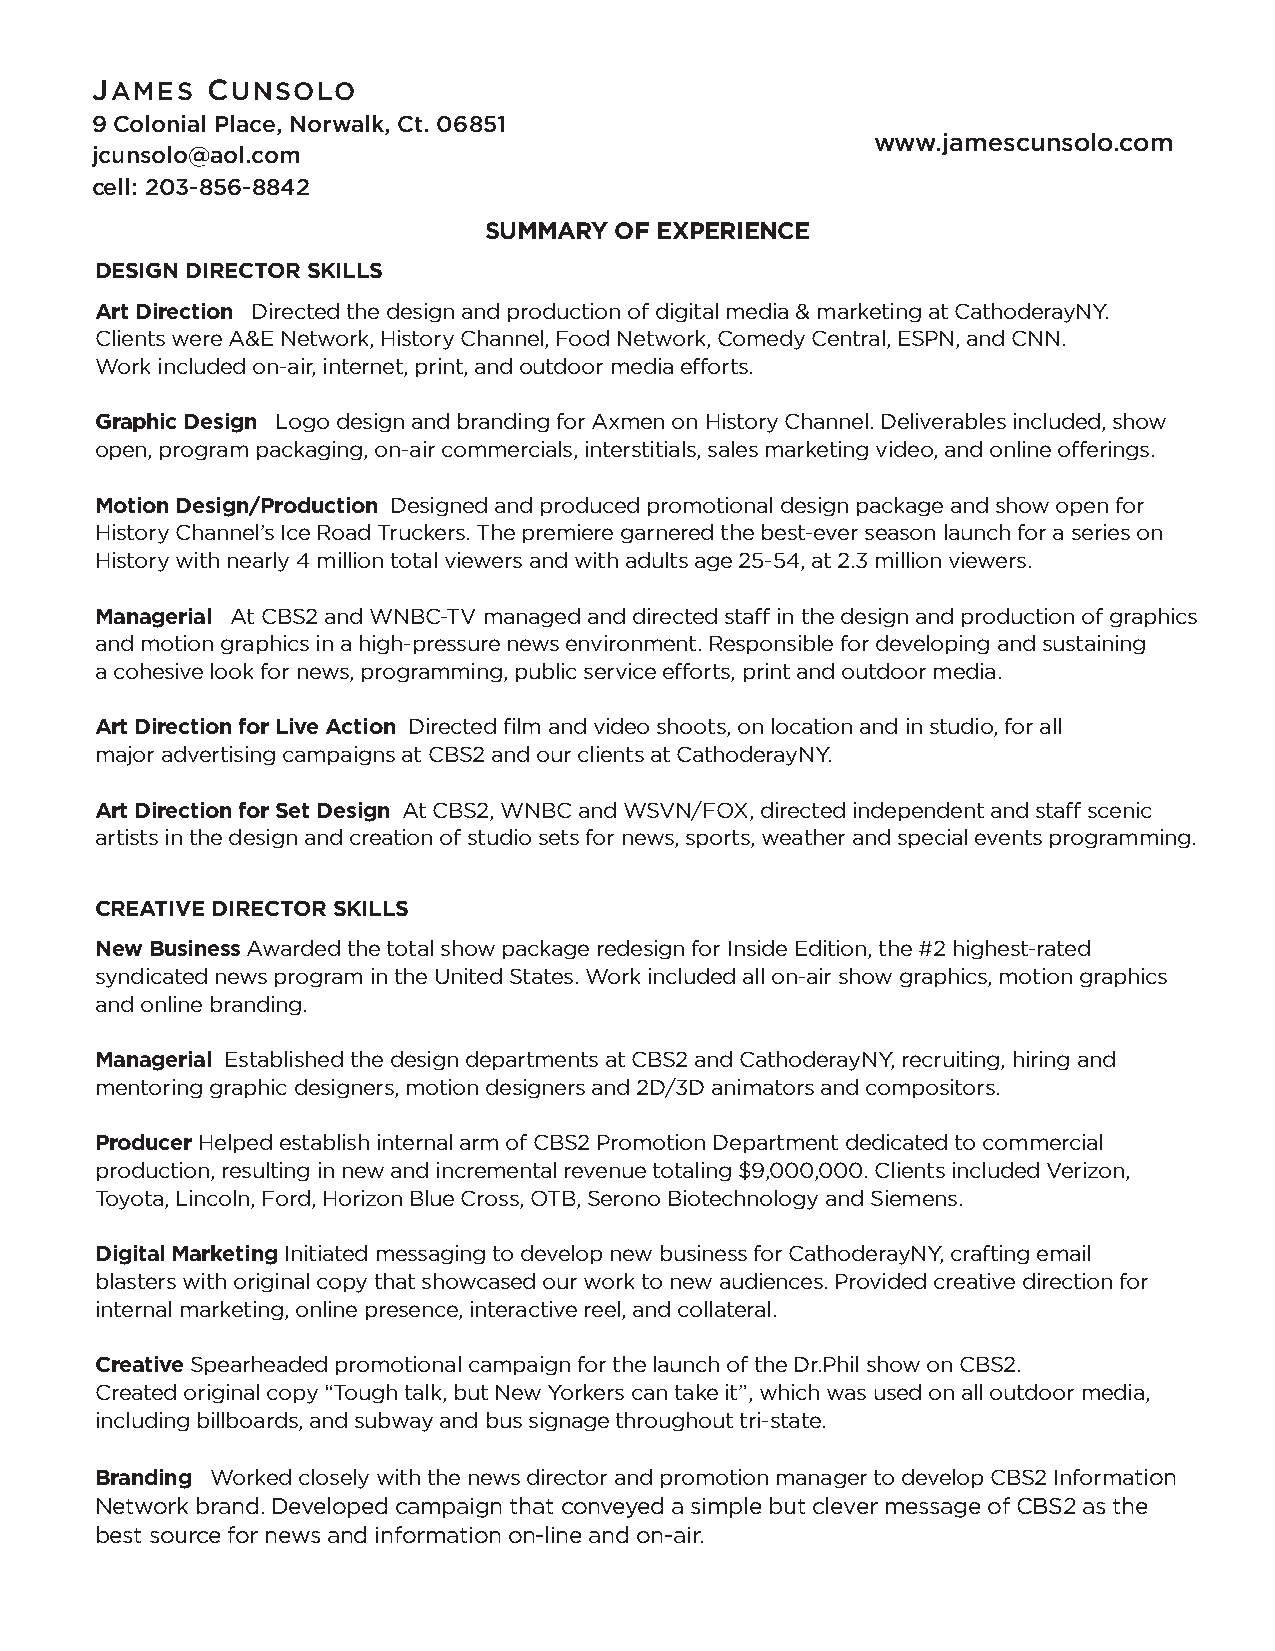
JAMES   CUNSOLO
 9 Colonial Place, Norwalk, Ct. 06851
 www.jamescunsolo.com
 jcunsolo@aol.com
 cell: 203-856-8842
 SUMMARY  OF EXPERIENCE
 DESIGN DIRECTOR SKILLS
 Art Direction Directed the design and production of digital media & marketing at CathoderayNY.
 Clients were A&E Network, History Channel, Food Network, Comedy Central, ESPN, and CNN.
 Work included on-air, internet, print, and outdoor media efforts.
 Graphic Design Logo design and branding for Axmen on History Channel. Deliverables included, show
 open, program packaging, on-air commercials, interstitials, sales marketing video, and online offerings.
 Motion Design/Production Designed and produced promotional design package and show open for
 History Channel’s Ice Road Truckers. The premiere garnered the best-ever season launch for a series on
 History with nearly 4 million total viewers and with adults age 25-54, at 2.3 million viewers.
 Managerial At CBS2 and WNBC-TV managed and directed staff in the design and production of graphics
 and motion graphics in a high-pressure news environment. Responsible for developing and sustaining
 a cohesive look for news, programming, public service efforts, print and outdoor media.
 Art Direction for Live Action Directed film and video shoots, on location and in studio, for all
 major advertising campaigns at CBS2 and our clients at CathoderayNY.
 Art Direction for Set Design At CBS2, WNBC and WSVN/FOX, directed independent and staff scenic
 artists in the design and creation of studio sets for news, sports, weather and special events programming.
 CREATIVE DIRECTOR SKILLS
 New Business Awarded the total show package redesign for Inside Edition, the #2 highest-rated
 syndicated news program in the United States. Work included all on-air show graphics, motion graphics
 and online branding.
 Managerial Established the design departments at CBS2 and CathoderayNY, recruiting, hiring and
 mentoring graphic designers, motion designers and 2D/3D animators and compositors.
 Producer Helped establish internal arm of CBS2 Promotion Department dedicated to commercial
 production, resulting in new and incremental revenue totaling $9,000,000. Clients included Verizon,
 Toyota, Lincoln, Ford, Horizon Blue Cross, OTB, Serono Biotechnology and Siemens.
 Digital Marketing Initiated messaging to develop new business for CathoderayNY, crafting email
 blasters with original copy that showcased our work to new audiences. Provided creative direction for
 internal marketing, online presence, interactive reel, and collateral.
 Creative Spearheaded promotional campaign for the launch of the Dr.Phil show on CBS2.
 Created original copy “Tough talk, but New Yorkers can take it”, which was used on all outdoor media,
 including billboards, and subway and bus signage throughout tri-state.
 Branding Worked closely with the news director and promotion manager to develop CBS2 Information
 Network brand. Developed campaign that conveyed a simple but clever message of CBS2 as the
 best source for news and information on-line and on-air.